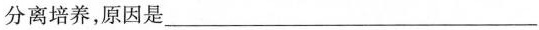
分离培养，原因是___